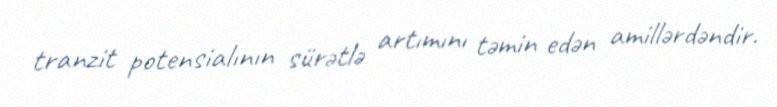
tranzit potensialının sürətlə artımını təmin edən amillərdəndir.